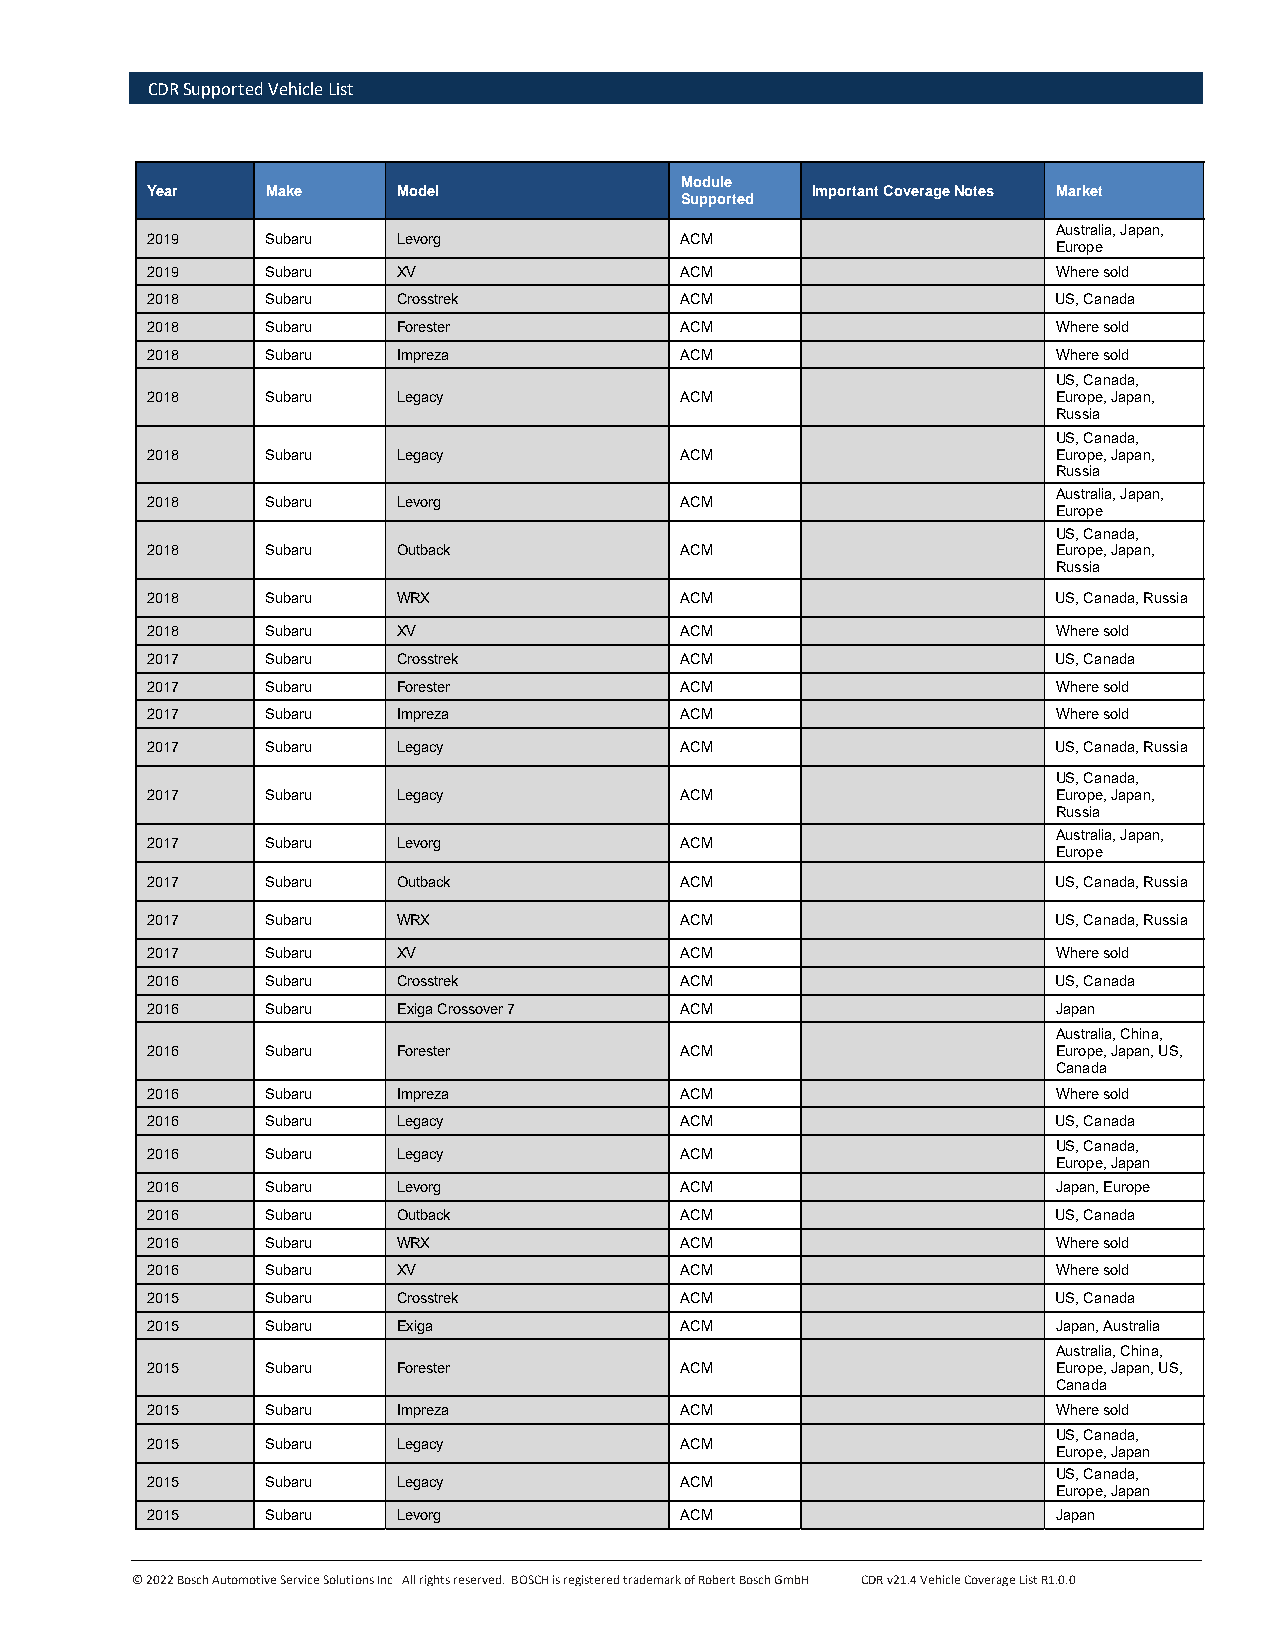
CDR Supported Vehicle List
 Module
 Year    Make    Model                       Important Coverage Notes Market
 Supported
 Australia, Japan,
 2019    Subaru  Levorg             ACM
 Europe
 2019    Subaru  XV                 ACM                      Where sold
 2018    Subaru  Crosstrek          ACM                      US, Canada
 2018    Subaru  Forester           ACM                      Where sold
 2018    Subaru  Impreza            ACM                      Where sold
 US, Canada,
 2018    Subaru  Legacy             ACM                      Europe, Japan,
 Russia
 US, Canada,
 2018    Subaru  Legacy             ACM                      Europe, Japan,
 Russia
 Australia, Japan,
 2018    Subaru  Levorg             ACM
 Europe
 US, Canada,
 2018    Subaru  Outback            ACM                      Europe, Japan,
 Russia
 2018    Subaru  WRX                ACM                      US, Canada, Russia
 2018    Subaru  XV                 ACM                      Where sold
 2017    Subaru  Crosstrek          ACM                      US, Canada
 2017    Subaru  Forester           ACM                      Where sold
 2017    Subaru  Impreza            ACM                      Where sold
 2017    Subaru  Legacy             ACM                      US, Canada, Russia
 US, Canada,
 2017    Subaru  Legacy             ACM                      Europe, Japan,
 Russia
 Australia, Japan,
 2017    Subaru  Levorg             ACM
 Europe
 2017    Subaru  Outback            ACM                      US, Canada, Russia
 2017    Subaru  WRX                ACM                      US, Canada, Russia
 2017    Subaru  XV                 ACM                      Where sold
 2016    Subaru  Crosstrek          ACM                      US, Canada
 2016    Subaru  Exiga Crossover 7  ACM                      Japan
 Australia, China,
 2016    Subaru  Forester           ACM                      Europe, Japan, US,
 Canada
 2016    Subaru  Impreza            ACM                      Where sold
 2016    Subaru  Legacy             ACM                      US, Canada
 US, Canada,
 2016    Subaru  Legacy             ACM
 Europe, Japan
 2016    Subaru  Levorg             ACM                      Japan, Europe
 2016    Subaru  Outback            ACM                      US, Canada
 2016    Subaru  WRX                ACM                      Where sold
 2016    Subaru  XV                 ACM                      Where sold
 2015    Subaru  Crosstrek          ACM                      US, Canada
 2015    Subaru  Exiga              ACM                      Japan, Australia
 Australia, China,
 2015    Subaru  Forester           ACM                      Europe, Japan, US,
 Canada
 2015    Subaru  Impreza            ACM                      Where sold
 US, Canada,
 2015    Subaru  Legacy             ACM
 Europe, Japan
 US, Canada,
 2015    Subaru  Legacy             ACM
 Europe, Japan
 2015    Subaru  Levorg             ACM                      Japan
 © 2022 Bosch Automotive Service Solutions Inc All rights reserved. BOSCH is registered trademark of Robert Bosch GmbH CDR v21.4 Vehicle Coverage List R1.0.0